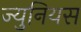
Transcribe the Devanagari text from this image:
ज्युनियस